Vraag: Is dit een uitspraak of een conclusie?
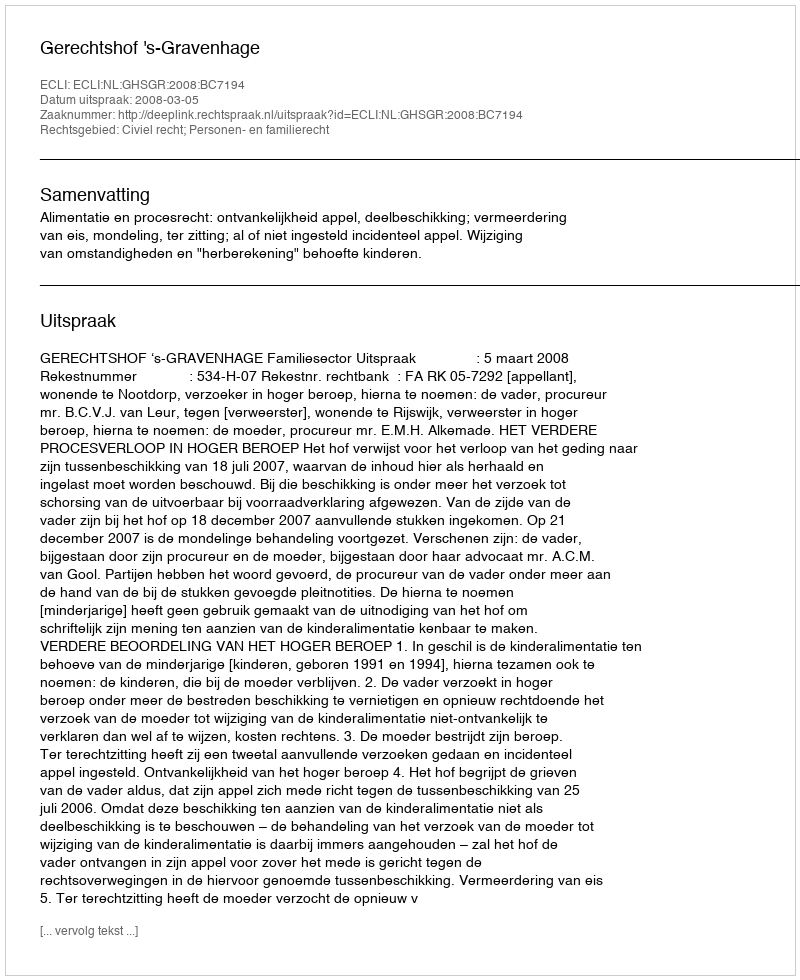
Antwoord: Uitspraak